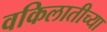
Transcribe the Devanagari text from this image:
वकिलातीच्या